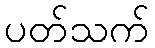
ပတ်သက်